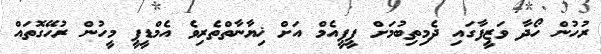
ރުހުން ހޯދާ ވަޒީފާގައި ދެމިތިބުމަށް ޕީޕީއެމް އަށް ޚިޔާނާތްތެރިވެ އެމްޑީޕީ މީހުން ރުހޭގޮތައް